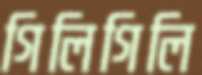
গিলিগিলি